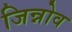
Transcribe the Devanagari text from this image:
जिन्नोव